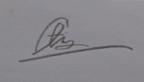
Signature authenticity: genuine